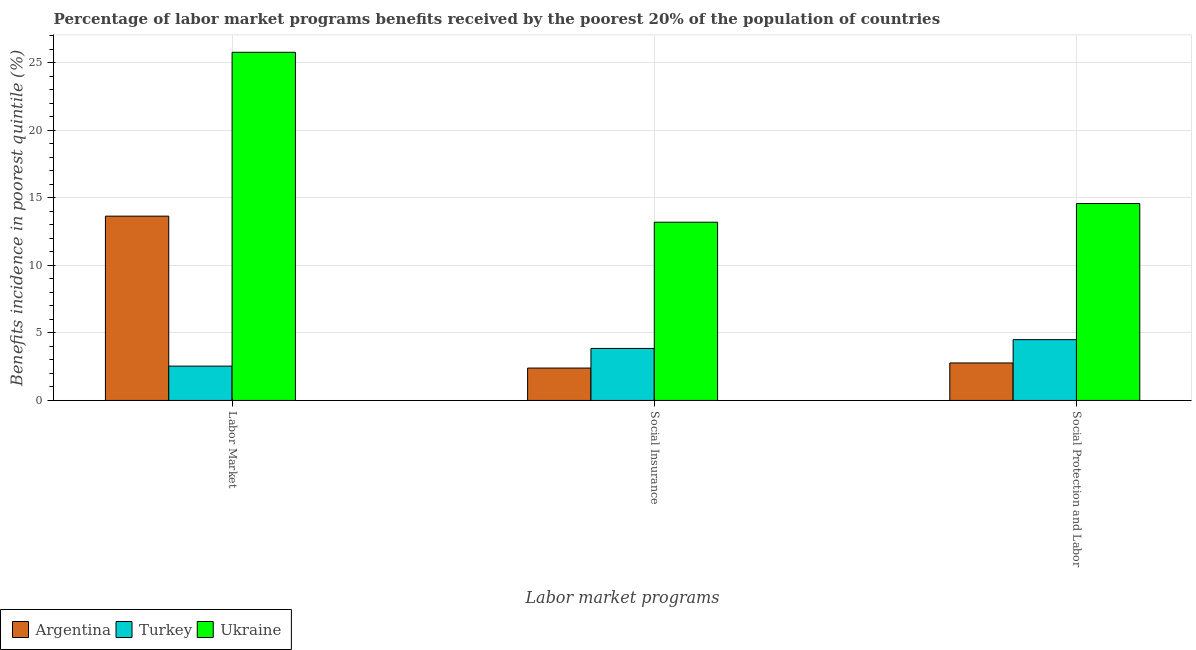
| Labor market programs | Argentina | Turkey | Ukraine |
 | --- | --- | --- | --- |
 | Labor Market | 13.7 | 2.54 | 25.8 |
 | Social Insurance | 2.4 | 3.85 | 13.2 |
 | Social Protection and Labor | 2.78 | 4.5 | 14.6 |